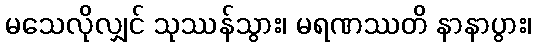
မသေလိုလျှင် သုဿန်သွား၊ မရဏဿတိ နာနာပွား၊